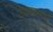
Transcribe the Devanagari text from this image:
आवडायचं